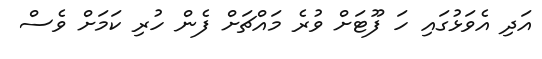
އަދި އެވަޅުގައި ހަ ފޫޓަށް ވުރެ މައްޗަށް ފެން ހުރި ކަމަށް ވެސް